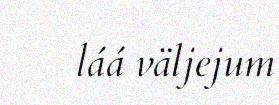
láá väljejum